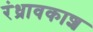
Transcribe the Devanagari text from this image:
रंध्रावकाश